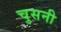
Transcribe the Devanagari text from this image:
चुसनी